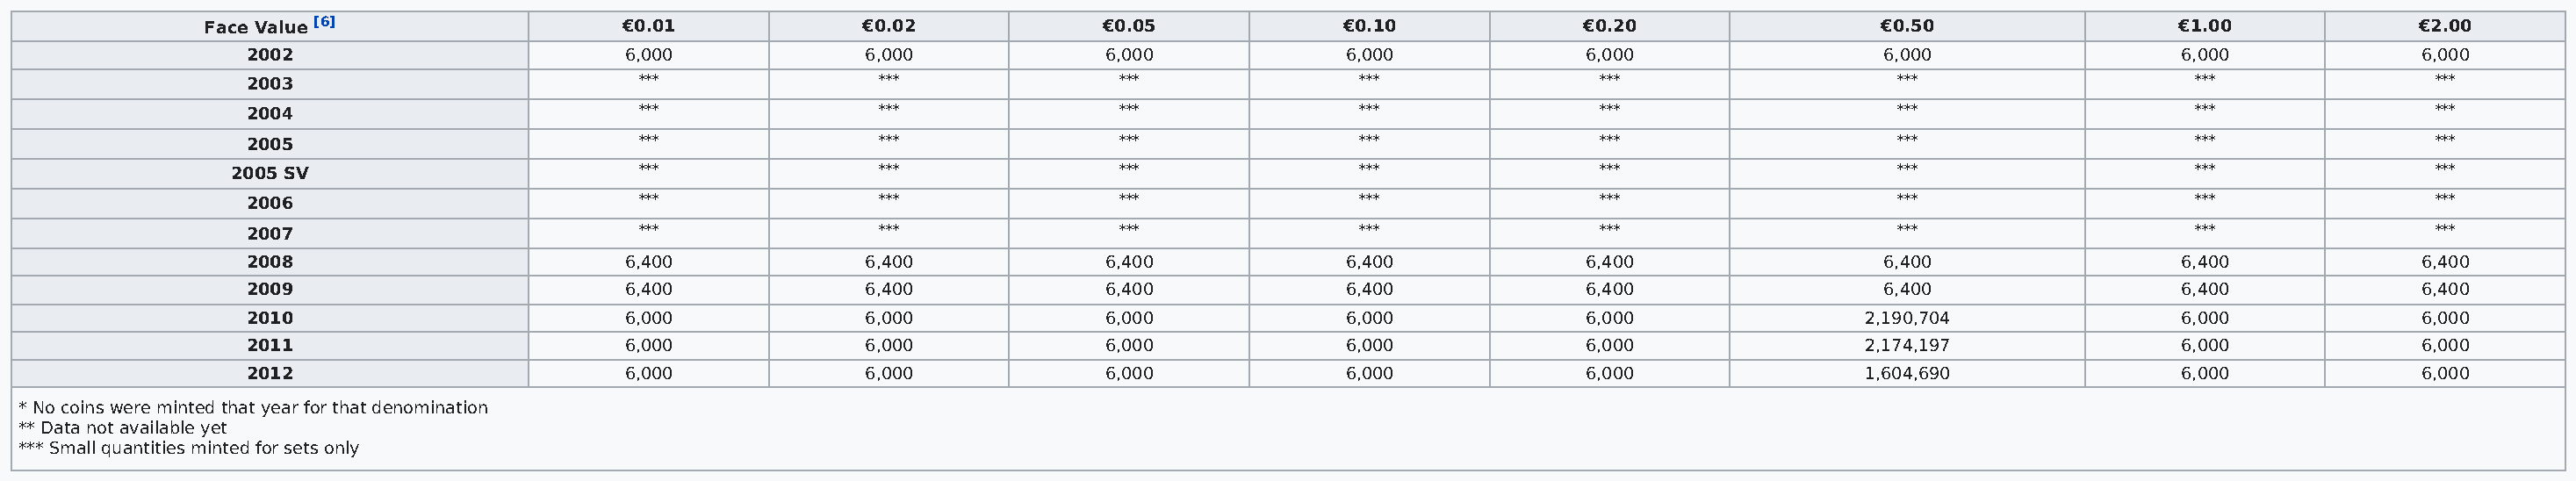
Face Value [6]                  €0.01             €0.02             €0.05             €0.10             €0.20                  €0.50                 €1.00             €2.00
 2002                        6,000             6,000             6,000             6,000              6,000                 6,000                 6,000              6,000
 2003                         ***               ***               ***               ***                ***                   ***                   ***                ***
 2004                         ***               ***               ***               ***                ***                   ***                   ***                ***
 2005                         ***               ***               ***               ***                ***                   ***                   ***                ***
 2005 SV                        ***               ***               ***               ***                ***                   ***                   ***                ***
 2006                         ***               ***               ***               ***                ***                   ***                   ***                ***
 2007                         ***               ***               ***               ***                ***                   ***                   ***                ***
 2008                        6,400             6,400             6,400             6,400              6,400                 6,400                 6,400              6,400
 2009                        6,400             6,400             6,400             6,400              6,400                 6,400                 6,400              6,400
 2010                        6,000             6,000             6,000             6,000              6,000                2,190,704              6,000              6,000
 2011                        6,000             6,000             6,000             6,000              6,000                2,174,197              6,000              6,000
 2012                        6,000             6,000             6,000             6,000              6,000                1,604,690              6,000              6,000
 * No coins were minted that year for that denomination
 ** Data not available yet
 *** Small quantities minted for sets only